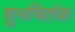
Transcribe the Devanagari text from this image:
शुभचितंक